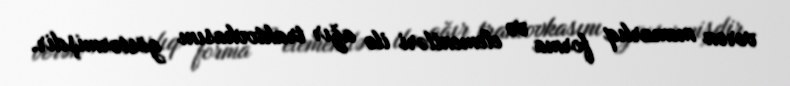
verən memarlıq forma və elementləri ilə ağır traktovkasını göstərmişdir.